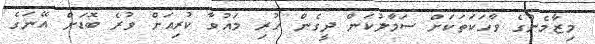
މިޒާމެންގެ ވާހަކަތަކަށް ސަމާލުކަން ދީގެން ހުރި މައުވާ ކުރިއަށް ވުރެ ބޮޑަށް އޭނަގެ